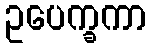
ဥပေက္ခကာ